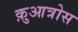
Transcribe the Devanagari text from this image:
क़ुआत्रोस